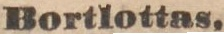
Bortlottas.